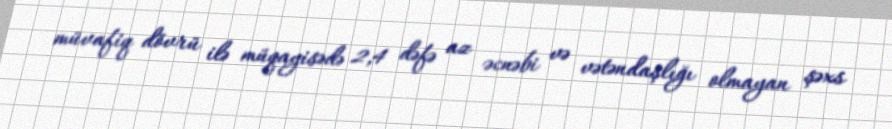
müvafiq dövrü ilə müqayisədə 2,4 dəfə az əcnəbi və vətəndaşlığı olmayan şəxs